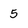
Character: 5